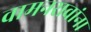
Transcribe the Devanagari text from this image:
वामनरावांना